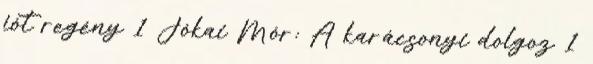
jót regény 1 Jókai Mór: A karácsonyi dolgoz 1